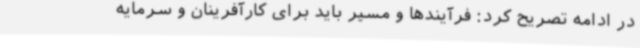
در ادامه تصریح کرد: فرآیندها و مسیر باید برای کارآفرینان و سرمایه